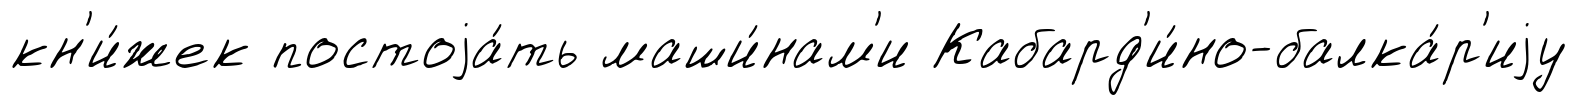
кн'и́жек постоjа́ть маши́нам'и Кабард'и́но-балка́р'иjу